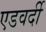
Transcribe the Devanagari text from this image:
एडवर्दी